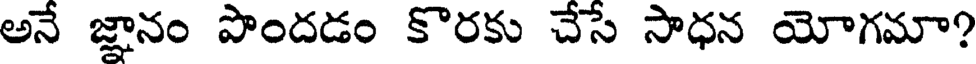
అనే జ్ఞానం పొందడం కొరకు చేసే సాధన యోగమా?